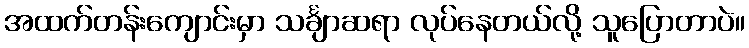
အထက်တန်းကျောင်းမှာ သင်္ချာဆရာ လုပ်နေတယ်လို့ သူပြောတာပဲ။